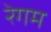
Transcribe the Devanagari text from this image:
रेगम